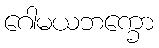
ဂေါမယဘက္ခော